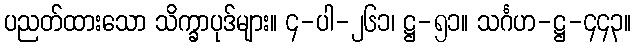
ပညတ်ထားသော သိက္ခာပုဒ်များ။ ၄-ပါ-၂၆၁၊ ဋ္ဌ-၅၁။ သင်္ဂဟ-ဋ္ဌ-၄၄၃။